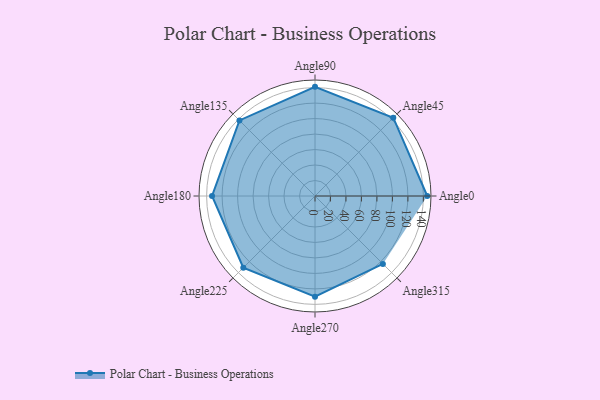
{"axis": {"x": "Angle", "y": "Radius"}, "legend": [""], "data": [{"x": "Angle0", "y": 145.0, "type": ""}, {"x": "Angle45", "y": 143.0, "type": ""}, {"x": "Angle90", "y": 141.0, "type": ""}, {"x": "Angle135", "y": 138.0, "type": ""}, {"x": "Angle180", "y": 133.0, "type": ""}, {"x": "Angle225", "y": 131.0, "type": ""}, {"x": "Angle270", "y": 130.0, "type": ""}, {"x": "Angle315", "y": 124.0, "type": ""}]}